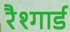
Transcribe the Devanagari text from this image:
रैश्गार्ड